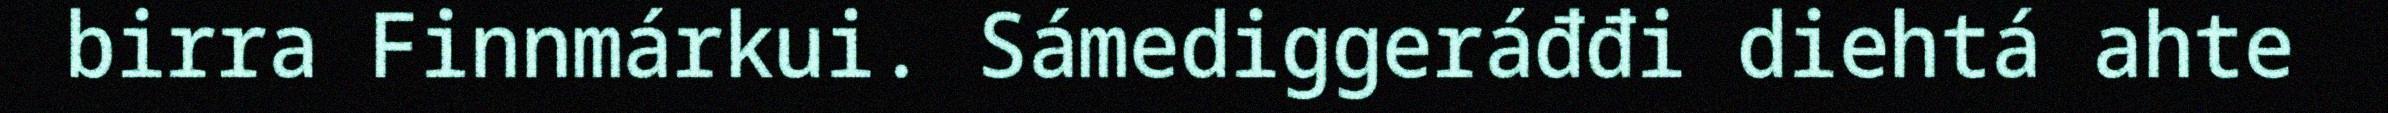
birra Finnmárkui. Sámediggeráđđi diehtá ahte